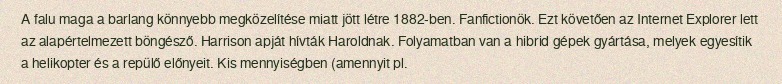
A falu maga a barlang könnyebb megközelítése miatt jött létre 1882-ben. Fanfictionök. Ezt követően az Internet Explorer lett az alapértelmezett böngésző. Harrison apját hívták Haroldnak. Folyamatban van a hibrid gépek gyártása, melyek egyesítik a helikopter és a repülő előnyeit. Kis mennyiségben (amennyit pl.